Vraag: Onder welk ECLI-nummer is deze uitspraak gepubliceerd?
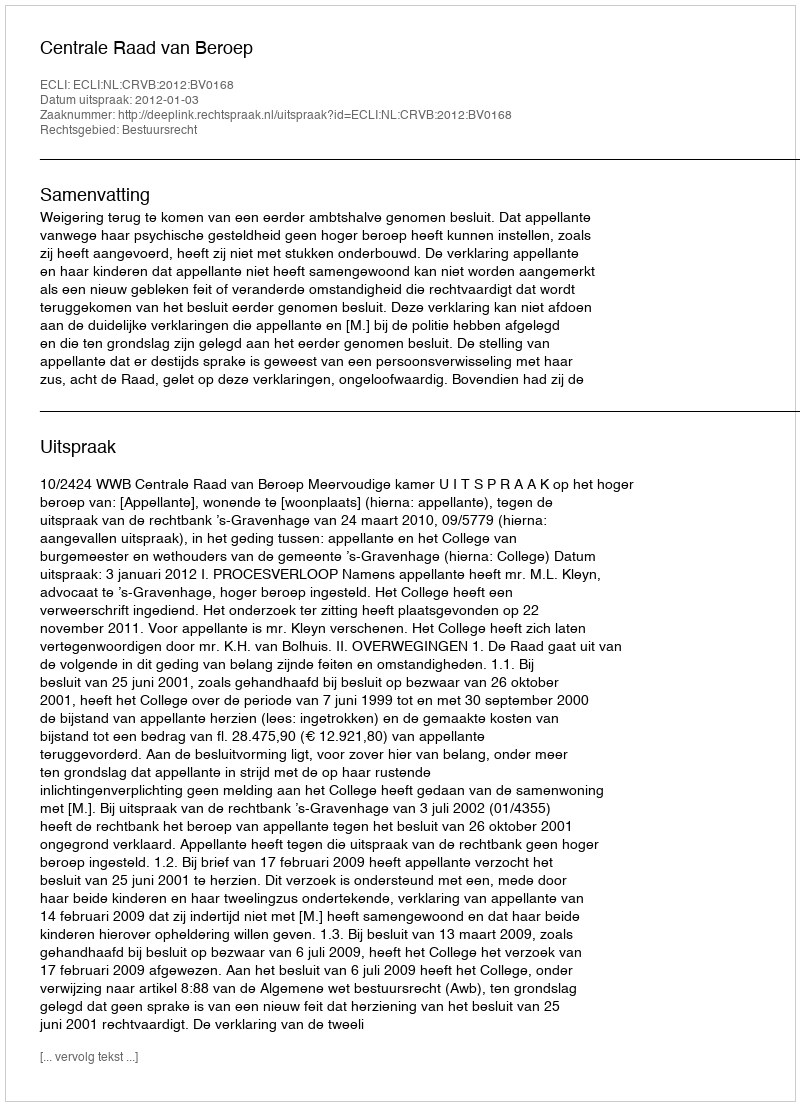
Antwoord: ECLI:NL:CRVB:2012:BV0168